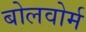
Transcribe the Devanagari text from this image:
बोलवोर्म